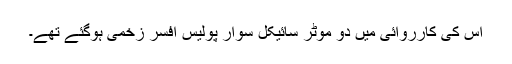
اس کی کارروائی میں دو موٹر سائیکل سوار پولیس افسر زخمی ہوگئے تھے۔